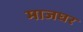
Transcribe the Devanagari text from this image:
माजघर